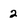
Character: 2